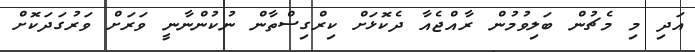
އަދި މި މެޗުން ބަލިވުމުން ރާއްޖެއާ ދެކޮޅަށް ކިރްގިސްތާން ނުކުންނާނީ ވަރަށް ވަރުގަދަކޮށް